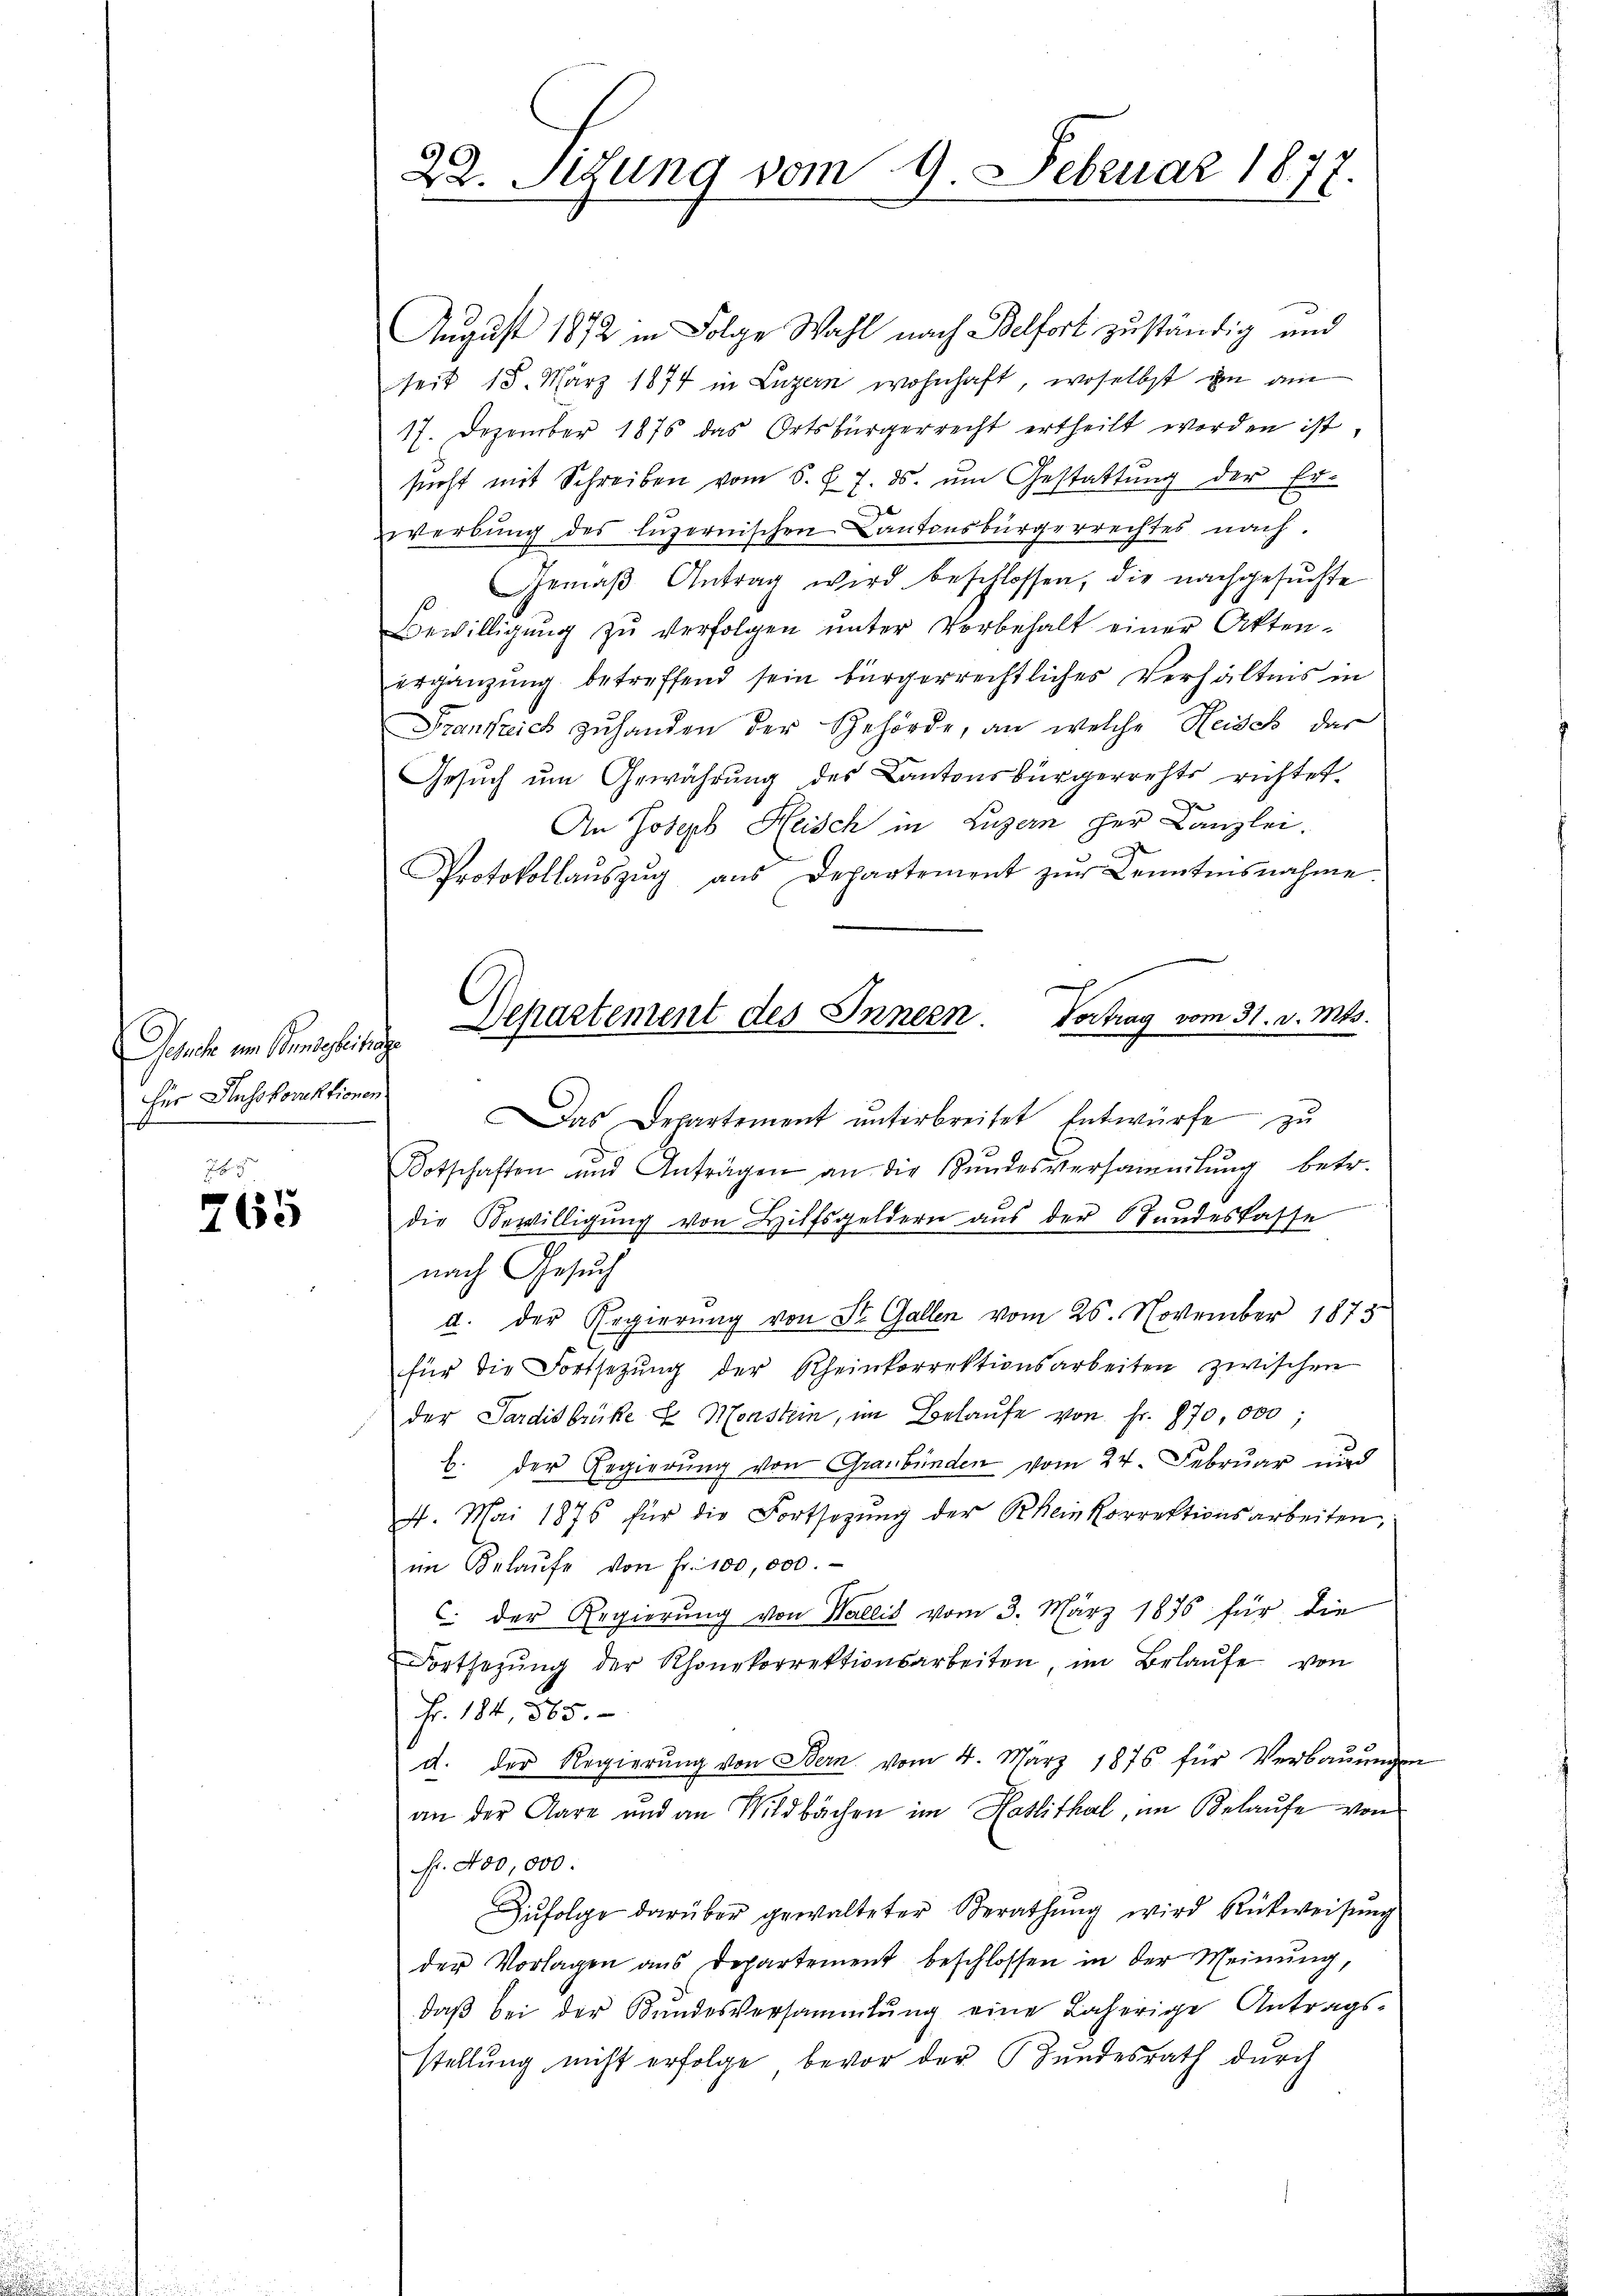
Gesuch um Bundesleitunge
her Ausskorrektionen.

765

22. Sitzung vom 9. Februar 1811
2.

August 1872 in Folge Wahl nach Belfort zuständig und
seit 18. März 1874 in Luzern wohnhaft, woselbst im am
17. Dezember 1876 das Ortsbürgerrecht ertheilt worden ist,
sŭcht mit Schreiben vom 6. d. 7. ds. ŭm Gestattŭng der Er-
t
werbung des luzernischen Cantonsbürgerrechtes nach.
Gemäβ Antrag wird beschlossen, die nachgesuchte
Bewilligŭng zŭ verfolgen ŭnter Vorbehalt einer Akten-
ergänzung betreffend sein bürgerrechtliches Verhältnis in
Frankreich zuhanden der Gehörde, an welche Heisch der
Gesuch um Gewährung des Kantonsbürgerrechts richtet
An Joseph Heisch in Luzern per Canzlei.
Protokollaŭszŭg aŭs Departement zŭr Kenntensnahme.
Departement des Innern Vortrag vom 31. v. Mts.

Das Departement unterbreitet Entwürfe zu
Dotschaften und Anträgen an die Stŭndesversammlung betr.
die Bewilligung von Hilfsgeldern aus der Stundeskasse
nach Gesuch
d. Der Regierung von St. Gallen vom 26. November 1873
für die Fortsetzŭng der Rheinkorrektionsarbeiten zwischen
der Sardisbrüke E. Monstein, im Belaŭfe von Fr. 870,000;
b. der Regierung von Graubünden vom 24. Februar und
4. Mai 1876 für die Fortsetzung der Rheinkorrektionsarbeiten,
im Belaŭfe von Fr. 100,000.
C. der Regierung von Wallis vom 3. März 1876 für die
Fortsetzŭng der Rhonekorrektionsarbeiten, im Belaŭfe von
Fr. 184 885.
d. der Regierŭng von Stern vom 4. März 1876 für Verbaŭŭngen
an der Aare und an Wildbächen im Haslithal, im Belaufe von
fr. 400,000.
Zufolge darüber gewalteter Berathung wird Rückweisung
der Vorlagen aus Departement beschlossen in der Meinung,
daβ bei der Bŭndesversammlung eine daherige Antrags-
stellung nicht erfolge bevor der Hundesrath durch